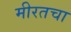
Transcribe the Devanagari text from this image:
मीरतचा